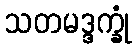
သတမဒ္ဒက္ခုံ